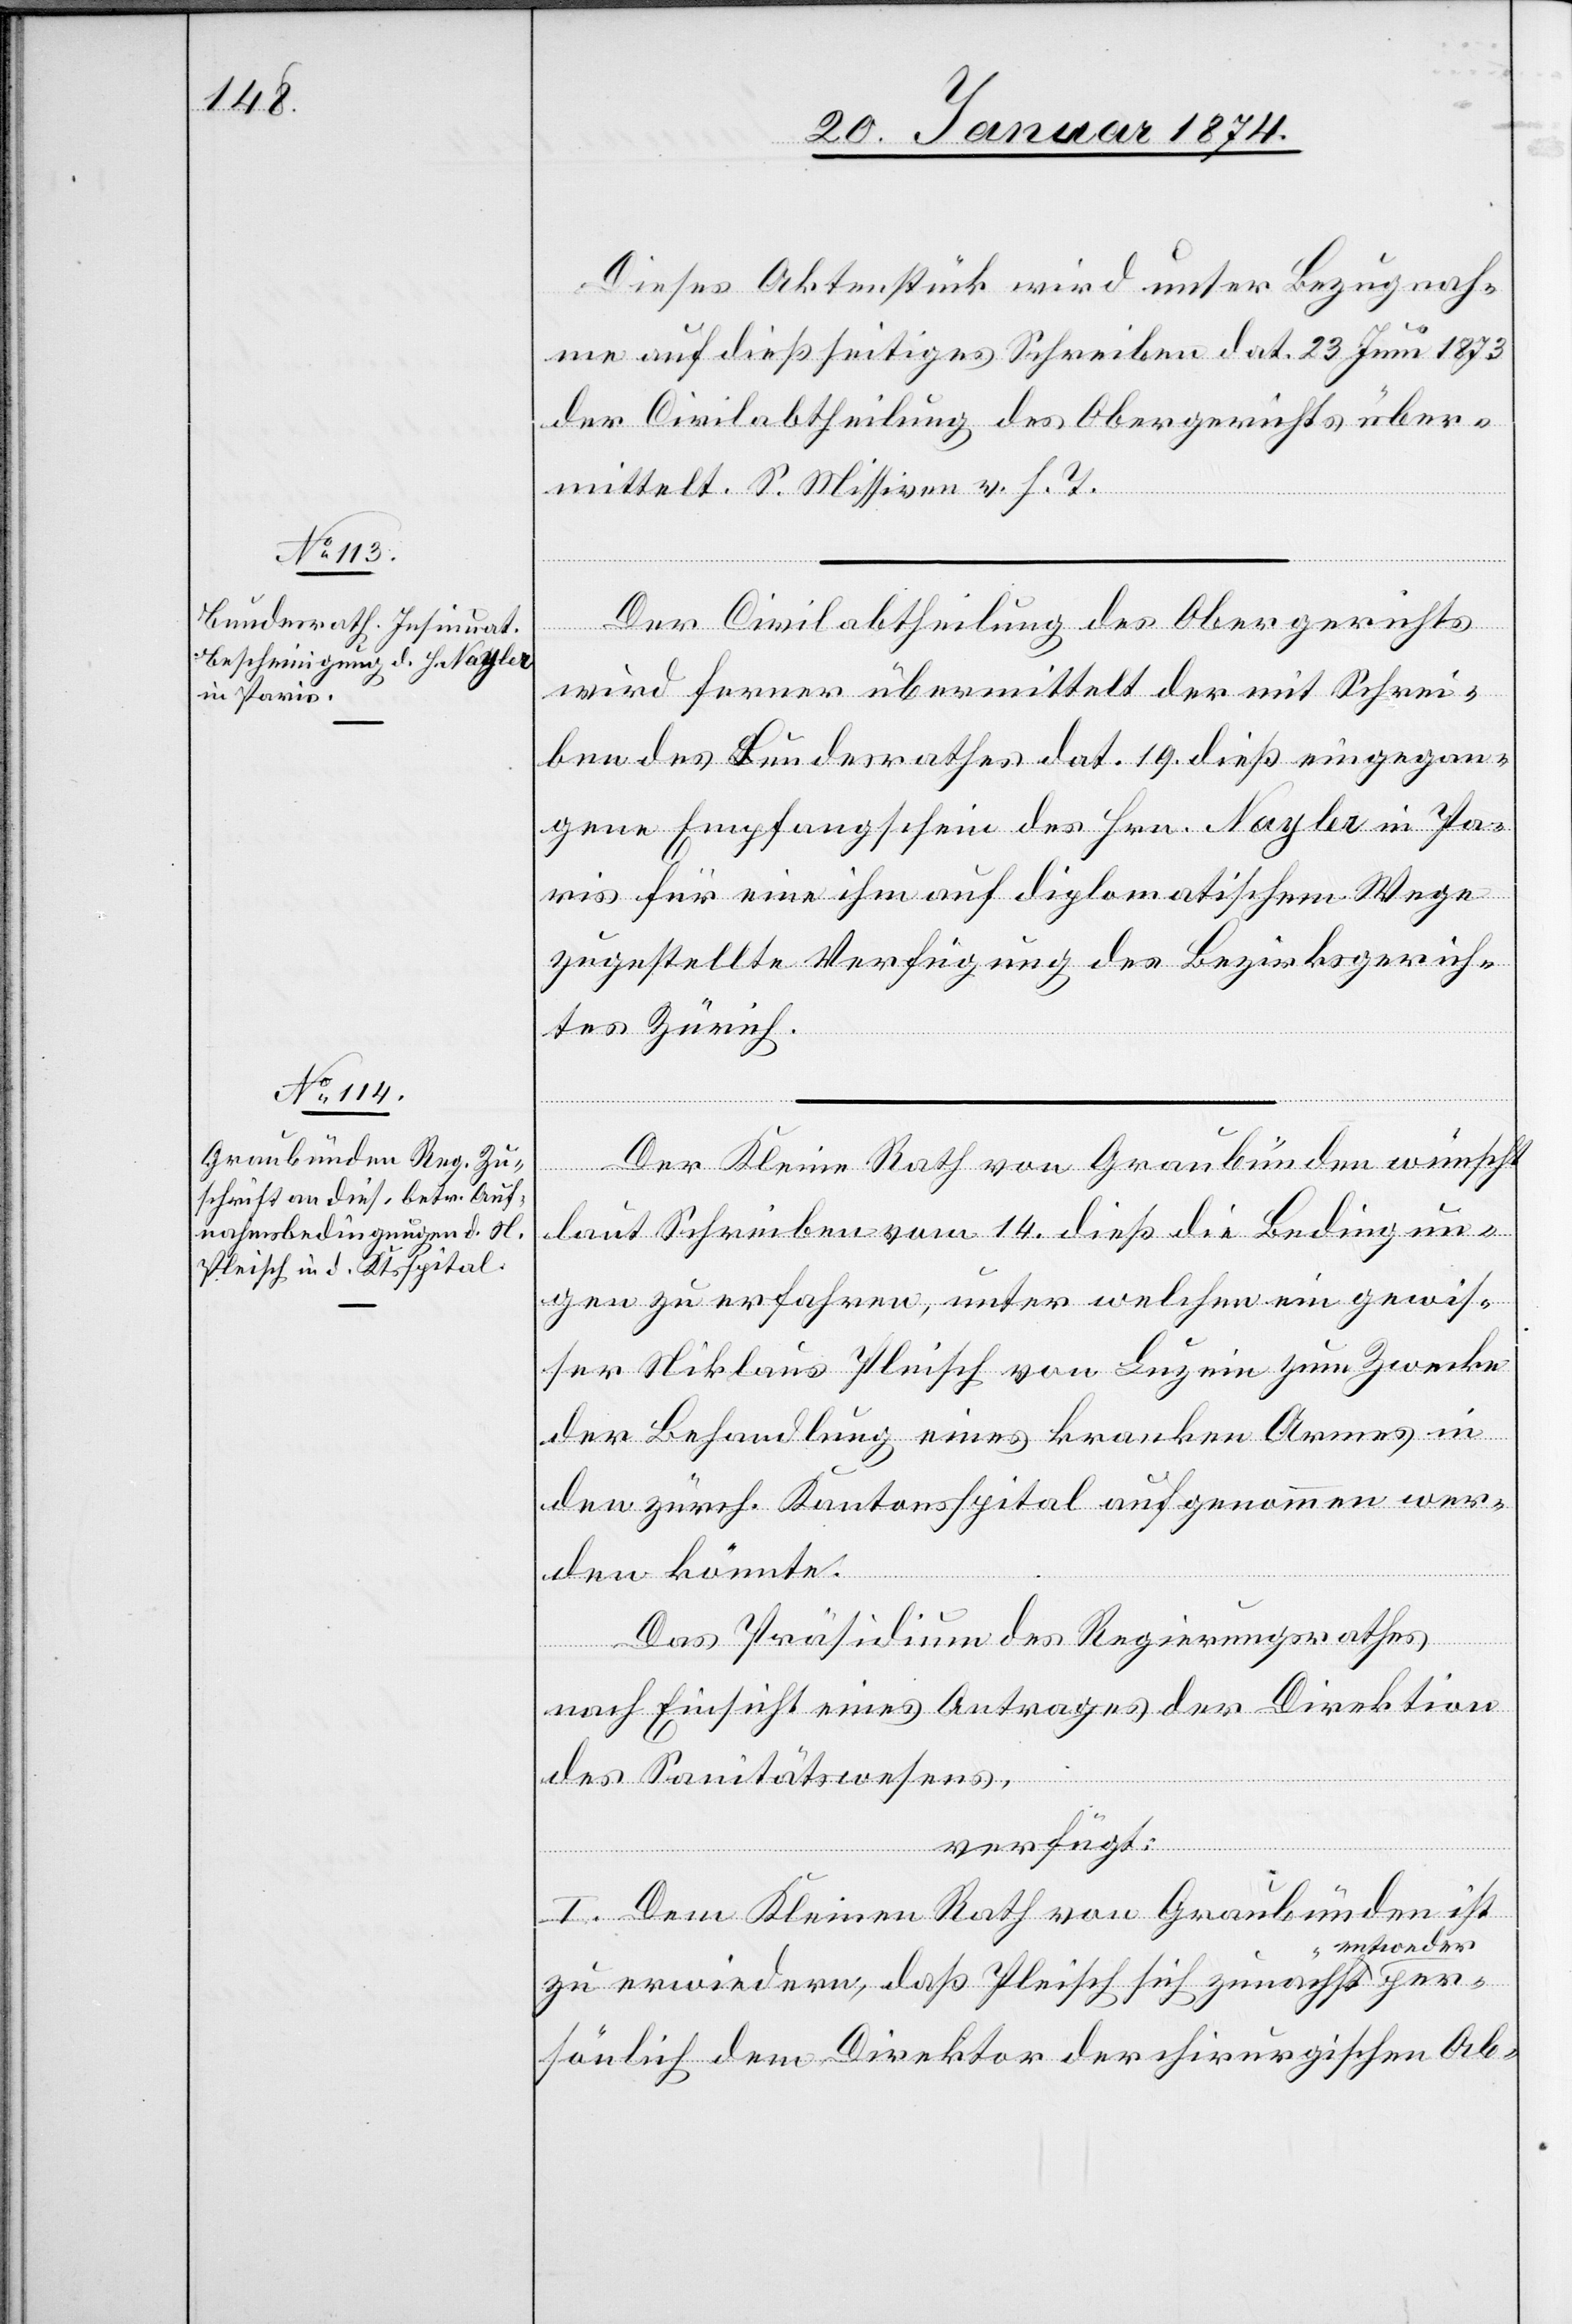
22. Januar 1874.]
Dieses Aktenstück wird unter Bezugnah¬
me auf dießseitiges Schreiben dat. 23. Juni 1873
der Civilabtheilung des Obergerichts über¬
mittelt. S. Missiven v. h. T.
Der Civilabtheilung des Obergerichtes
wird ferner übermittelt der mit Schrei¬
ben des Bundesrathes dat. 19. dieß eingegan¬
gene Empfangschein des Hrn. Nayler in Pa¬
ris für eine ihm auf diplomatischem Wege
zugestellte Verfügung des Bezirksgerich¬
tes Zürich.
Der kleine Rath von Graubünden wünscht
laut Schreiben vom 14. dieß die Bedingun¬
gen zu erfahren, unter welchen ein gewis¬
ser Niklaus Pleisch von Luzein zum Zwecke
der Behandlung eines kranken Armes in
den zürch. Kantonsspital aufgenommen wer¬
den könnte.
Das Präsidium des Regierungsrathes
nach Einsicht eines Antrages der Direktion
des Sanitätswesens,
verfügt:
I. Dem Kleinen Rath von Graubünden ist
ntweder per¬
zu erwiedern, daß Pleisch sich zunächst e¬
sönlich dem Direktor der chirurgischen Ab-